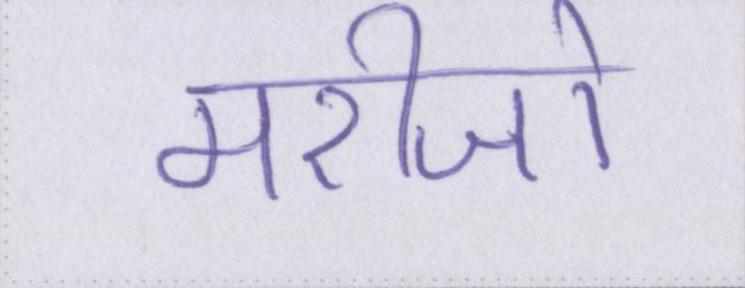
मरीजो